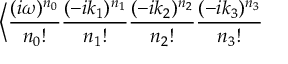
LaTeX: \Big < \frac { ( i \omega ) ^ { n _ { 0 } } } { n _ { 0 } ! } \frac { ( - i k _ { 1 } ) ^ { n _ { 1 } } } { n _ { 1 } ! } \frac { ( - i k _ { 2 } ) ^ { n _ { 2 } } } { n _ { 2 } ! } \frac { ( - i k _ { 3 } ) ^ { n _ { 3 } } } { n _ { 3 } ! }